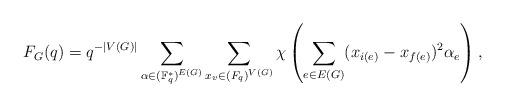
LaTeX: \begin{align*}F_G (q) = q^{ - |V(G)|}\sum_{\alpha \in (\mathbb F_q^*)^{E(G)}}\sum_{ x_v \in \mathbb (F_q)^{V(G)}}\chi\left( \sum_{e\in E(G)} (x_{i(e)} - x_{f(e)} )^2\alpha_e \right),\end{align*}